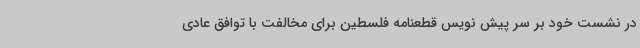
در نشست خود بر سر پیش نویس قطعنامه فلسطین برای مخالفت با توافق عادی